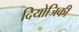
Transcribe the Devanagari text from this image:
दियोजिकी